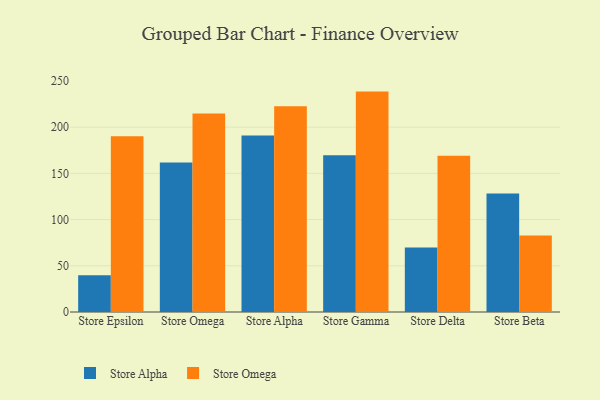
{"axis": {"x": "Store", "y": "Waste Production (Tons)"}, "legend": ["Store Alpha", "Store Omega"], "data": [{"x": "Store Epsilon", "y": 39.9, "type": "Store Alpha"}, {"x": "Store Epsilon", "y": 190.2, "type": "Store Omega"}, {"x": "Store Omega", "y": 161.7, "type": "Store Alpha"}, {"x": "Store Omega", "y": 214.9, "type": "Store Omega"}, {"x": "Store Alpha", "y": 191.1, "type": "Store Alpha"}, {"x": "Store Alpha", "y": 222.6, "type": "Store Omega"}, {"x": "Store Gamma", "y": 169.7, "type": "Store Alpha"}, {"x": "Store Gamma", "y": 238.5, "type": "Store Omega"}, {"x": "Store Delta", "y": 69.9, "type": "Store Alpha"}, {"x": "Store Delta", "y": 169.2, "type": "Store Omega"}, {"x": "Store Beta", "y": 128.2, "type": "Store Alpha"}, {"x": "Store Beta", "y": 82.7, "type": "Store Omega"}]}